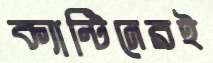
ক্যান্টিনেরই